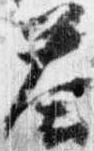
答